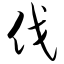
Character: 伐